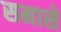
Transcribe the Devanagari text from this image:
समासे